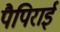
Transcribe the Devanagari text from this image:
पैपिराई